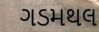
ગડમથલ